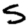
Digit: 5